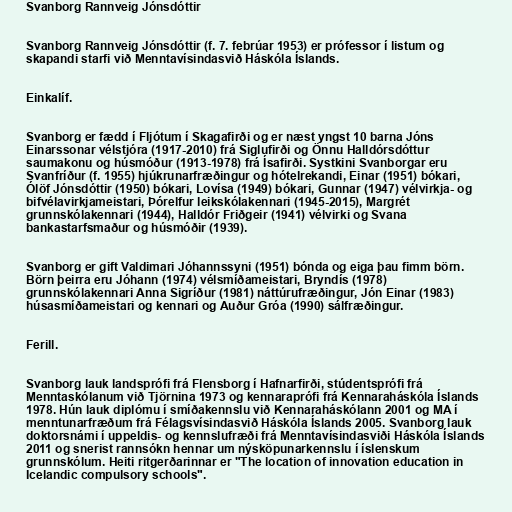
Svanborg Rannveig Jónsdóttir

Svanborg Rannveig Jónsdóttir (f. 7. febrúar 1953) er prófessor í listum og
skapandi starfi við Menntavísindasvið Háskóla Íslands.

Einkalíf.

Svanborg er fædd í Fljótum í Skagafirði og er næst yngst 10 barna Jóns
Einarssonar vélstjóra (1917-2010) frá Siglufirði og Önnu Halldórsdóttur
saumakonu og húsmóður (1913-1978) frá Ísafirði. Systkini Svanborgar eru
Svanfríður (f. 1955) hjúkrunarfræðingur og hótelrekandi, Einar (1951) bókari,
Ólöf Jónsdóttir (1950) bókari, Lovísa (1949) bókari, Gunnar (1947) vélvirkja- og
bifvélavirkjameistari, Þórelfur leikskólakennari (1945-2015), Margrét
grunnskólakennari (1944), Halldór Friðgeir (1941) vélvirki og Svana
bankastarfsmaður og húsmóðir (1939).

Svanborg er gift Valdimari Jóhannssyni (1951) bónda og eiga þau fimm börn.
Börn þeirra eru Jóhann (1974) vélsmíðameistari, Bryndís (1978)
grunnskólakennari Anna Sigríður (1981) náttúrufræðingur, Jón Einar (1983)
húsasmíðameistari og kennari og Auður Gróa (1990) sálfræðingur.

Ferill.

Svanborg lauk landsprófi frá Flensborg í Hafnarfirði, stúdentsprófi frá
Menntaskólanum við Tjörnina 1973 og kennaraprófi frá Kennaraháskóla Íslands
1978. Hún lauk diplómu í smíðakennslu við Kennaraháskólann 2001 og MA í
menntunarfræðum frá Félagsvísindasvið Háskóla Íslands 2005. Svanborg lauk
doktorsnámi í uppeldis- og kennslufræði frá Menntavísindasviði Háskóla Íslands
2011 og snerist rannsókn hennar um nýsköpunarkennslu í íslenskum
grunnskólum. Heiti ritgerðarinnar er "The location of innovation education in
Icelandic compulsory schools".